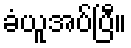
ခံယူအပ်ပြီ။